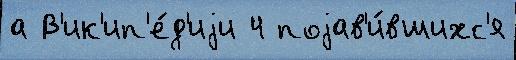
а В'ик'ип'е́д'иjи 4 поjав'и́вшихс'я